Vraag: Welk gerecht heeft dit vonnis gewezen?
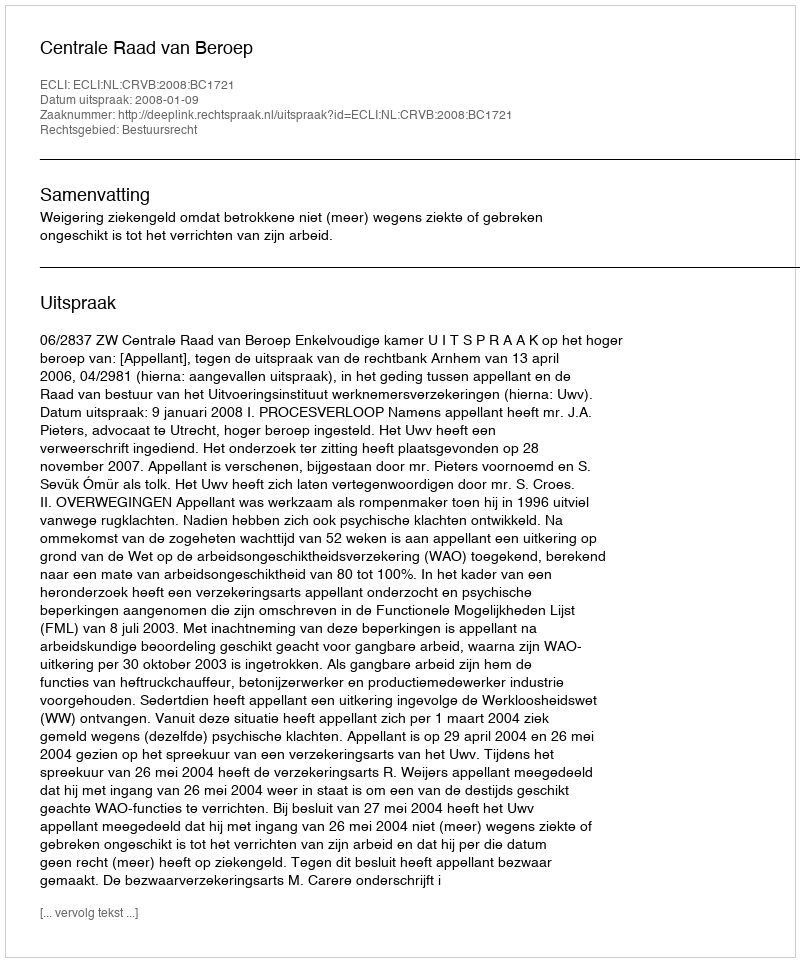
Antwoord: Centrale Raad van Beroep